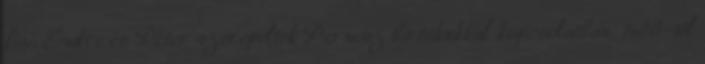
fiai: Endre és Péter szerepeltek Pernesz birtokukkal kapcsolatban. 1400-tól